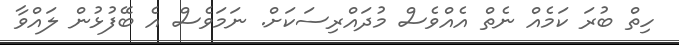
ހިތް ބުރަ ކަމެއް ނެތް އެއްވެސް މުދައްރިސަކަށް. ނަމަވެސް އެ ބޭފުޅުން ލައްވާ